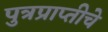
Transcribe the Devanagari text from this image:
पुत्रप्राप्‍तीचे